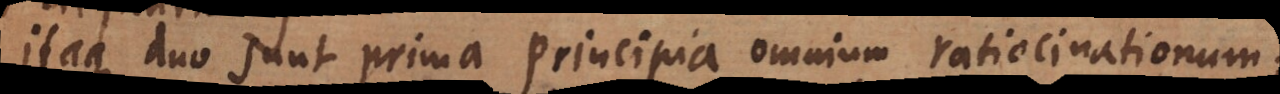
Itaque duo sunt prima principia omnium ratiocinationum;